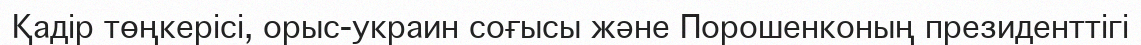
Қадір төңкерісі, орыс-украин соғысы және Порошенконың президенттігі